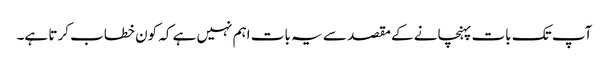
آپ تک بات پہنچانے کے مقصد سے یہ بات اہم نہیں ہے کہ کون خطاب کرتا ہے۔